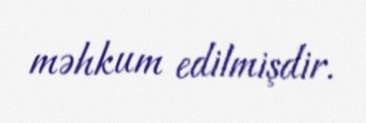
məhkum edilmişdir.